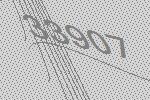
33907